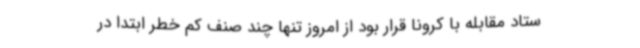
ستاد مقابله با کرونا قرار بود از امروز تنها چند صنف کم خطر ابتدا در